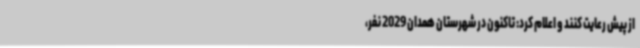
از پیش رعایت کنند و اعلام کرد: تاکنون در شهرستان همدان 2029 نفر،